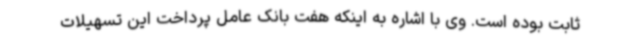
ثابت بوده است. وی با اشاره به اینکه هفت بانک عامل پرداخت این تسهیلات